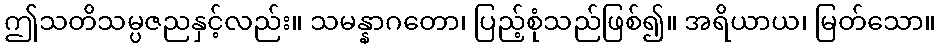
ဤသတိသမ္ပဇညနှင့်လည်း။ သမန္နာဂတော၊ ပြည့်စုံသည်ဖြစ်၍။ အရိယာယ၊ မြတ်သော။